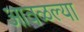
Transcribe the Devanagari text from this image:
आवळल्या